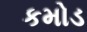
કમોડ